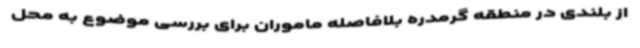
از بلندی در منطقه گرمدره بلافاصله ماموران برای بررسی موضوع به محل